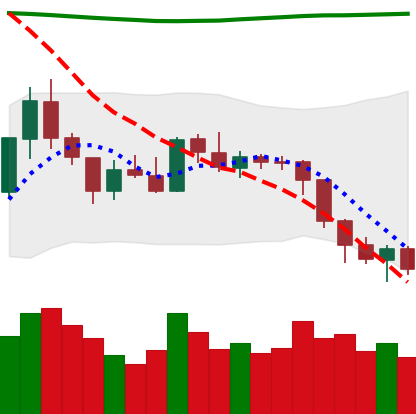
Ticker: ETH-USD
Chart end date: 2018-08-04
Forward return: -10.231%
Label: down_7plus